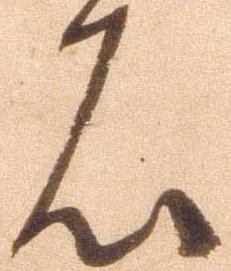
者